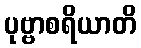
ပုဗ္ဗာစရိယာတိ